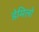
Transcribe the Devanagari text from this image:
डेमिलो